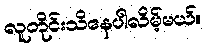
လူတိုင်းသိနေပါလိမ့်မယ်။